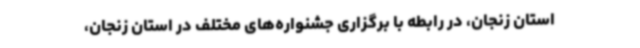
استان زنجان، در رابطه با برگزاری جشنواره‌های مختلف در استان زنجان،